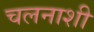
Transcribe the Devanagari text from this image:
चलनाशी